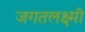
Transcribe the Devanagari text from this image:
जगतलक्ष्मी